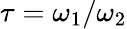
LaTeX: \tau=\omega_{1}/\omega_{2}